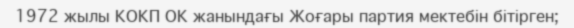
1972 жылы КОКП ОК жанындағы Жоғары партия мектебін бітірген;